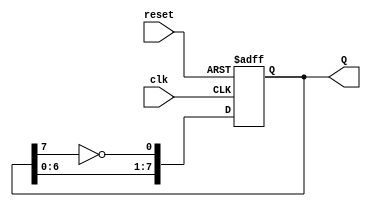
module JohnsonCounter (
    input wire clk,     // Clock input
    input wire reset,   // Asynchronous reset input
    output reg [7:0] Q  // 8-bit output
);
    // Always block triggered on the rising edge of the clock or the reset signal
    always @(posedge clk or posedge reset) begin
        if (reset) begin
            Q <= 8'b00000000; // Reset all flip-flops to 0
        end else begin
            // Johnson counter logic
            Q <= {Q[6:0], ~Q[7]}; // Shift left and feedback inverted Q7 to Q0
        end
    end
endmodule